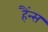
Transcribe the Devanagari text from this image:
हैंन्स